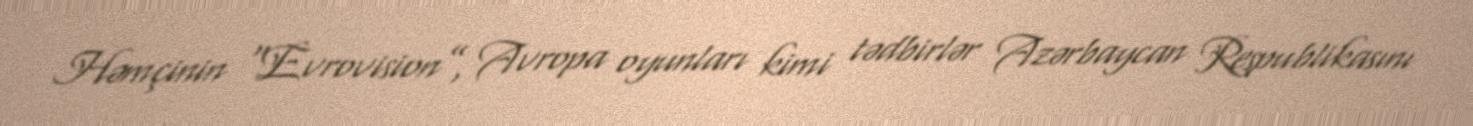
Həmçinin “Evrovision”, Avropa oyunları kimi tədbirlər Azərbaycan Respublikasını